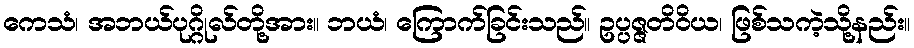
ကေသံ၊ အဘယ်ပုဂ္ဂိုလ်တို့အား။ ဘယံ၊ ကြောက်ခြင်းသည်။ ဥပ္ပဇ္ဇတိဝိယ၊ ဖြစ်သကဲ့သို့နည်း။